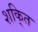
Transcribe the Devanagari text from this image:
शकि्त